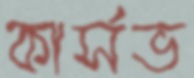
কার্সভ